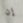
إن